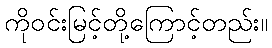
ကိုဝင်းမြင့်တို့ကြောင့်တည်း။